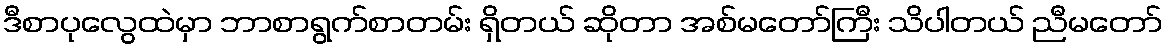
ဒီစာပုလွေထဲမှာ ဘာစာရွက်စာတမ်း ရှိတယ် ဆိုတာ အစ်မတော်ကြီး သိပါတယ် ညီမတော်